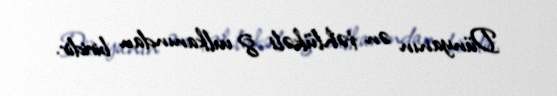
Dünyanın ən təhlükəli 8 vulkanından biridir.